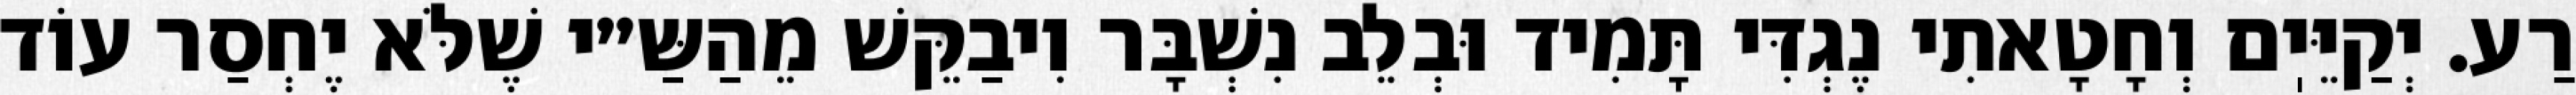
רַע. יְקַיֵּיֽם וְחָטָאתִי נֶגְדִּי תָּמִיד וּבְלֵב נִשְׁבָּר וִיבַקֵּשׁ מֵהַשַּ״י שֶׁלֹּא יֶחְסַר עוֹד